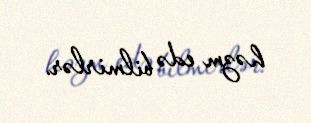
həzm edə bilmirlər.